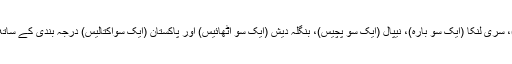
بھوٹان (ایک سو سات)، سری لنکا (ایک سو بارہ)، نیپال (ایک سو پچیس)، بنگلہ دیش (ایک سو اٹھائیس) اور پاکستان (ایک سواکتالیس) درجہ بندی کے ساتھ بھارت سے بہتر ہیں۔